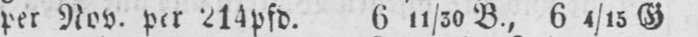
per Nov. per 214pfd. 611/30 B, 64/15 G